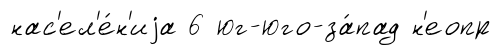
нас'ел'е́н'иjа 6 юг-юго-за́пад н'еопр